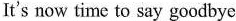
It's now time to say goodbye